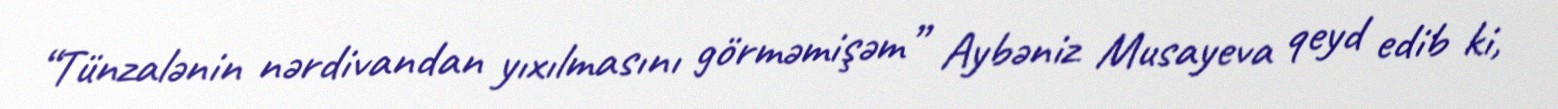
“Tünzalənin nərdivandan yıxılmasını görməmişəm” Aybəniz Musayeva qeyd edib ki,